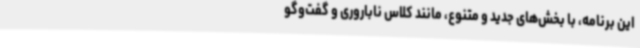
این برنامه، با بخش‌های جدید و متنوع، مانند کلاس ناباروری و گفت‌وگو